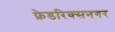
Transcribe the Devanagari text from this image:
फ्रेडरिक्सनगर